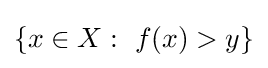
\{x\in X:~f(x)>y\}